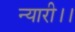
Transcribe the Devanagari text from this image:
न्यारी।।